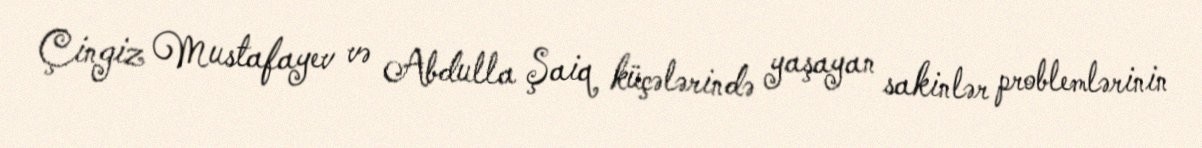
Çingiz Mustafayev və Abdulla Şaiq küçələrində yaşayan sakinlər problemlərinin